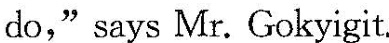
do,"says Mr. Gokyigit.